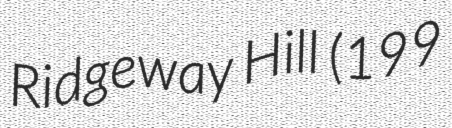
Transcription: Ridgeway Hill (199